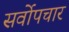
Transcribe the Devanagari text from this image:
सर्वोपचार